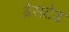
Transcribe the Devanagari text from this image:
ब्रेसटेड